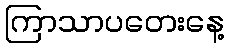
ကြာသာပတေးနေ့